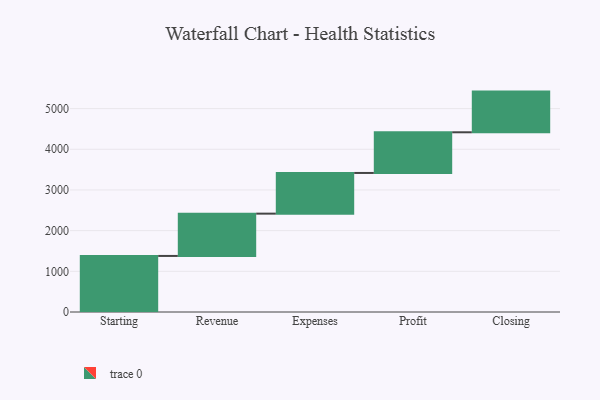
{"axis": {"x": "Step", "y": "Value"}, "legend": [""], "data": [{"x": "Starting", "y": 1378.0, "type": ""}, {"x": "Revenue", "y": 1040.0, "type": ""}, {"x": "Expenses", "y": 1000, "type": ""}, {"x": "Profit", "y": 1000, "type": ""}, {"x": "Closing", "y": 1000, "type": ""}]}